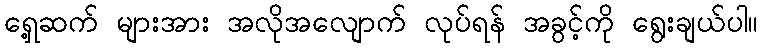
ရှေ့ဆက် များအား အလိုအလျောက် လုပ်ရန် အခွင့်ကို ရွေးချယ်ပါ။